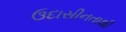
ઉદાસીનતાથી